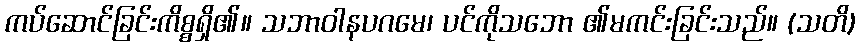
ကပ်ဆောင်ခြင်းကိစ္စရှိ၏။ သဘာဝါနပဂမေ၊ ပင်ကိုသဘော ၏မကင်းခြင်းသည်။ (သတိ)